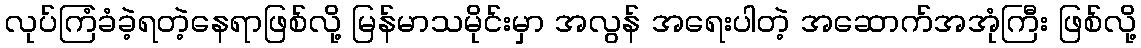
လုပ်ကြံခံခဲ့ရတဲ့နေရာဖြစ်လို့ မြန်မာသမိုင်းမှာ အလွန် အရေးပါတဲ့ အဆောက်အအုံကြီး ဖြစ်လို့